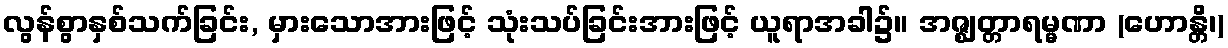
လွန်စွာနှစ်သက်ခြင်း, မှားသောအားဖြင့် သုံးသပ်ခြင်းအားဖြင့် ယူရာအခါ၌။ အဇ္ဈတ္တာရမ္မဏာ (ဟောန္တိ၊)